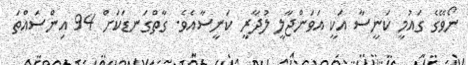
ނޯވޭގެ ގައުމީ ކަނީސާ އަކީ އަވަންޖާލީ ލުދާރީ ކަނީސާއެވެ. ގާތްގަނޑަކަށް 94 އިންސައްތަ